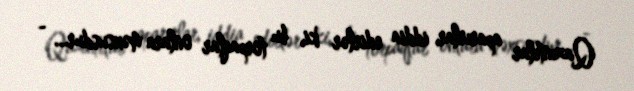
Qazıntılar aparırlar, iddia edirlər ki, bu torpaqlar onlara məxsusdur... -